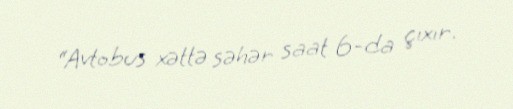
“Avtobus xəttə səhər saat 6-da çıxır.